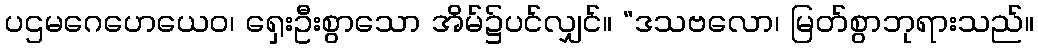
ပဌမဂေဟေယေဝ၊ ရှေးဦးစွာသော အိမ်၌ပင်လျှင်။ “ဒသဗလော၊ မြတ်စွာဘုရားသည်။